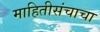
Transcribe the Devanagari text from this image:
माहितीसंचाचा